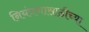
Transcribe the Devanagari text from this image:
नियंत्रणासाठीच्या